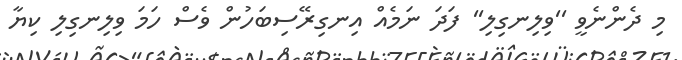
މި ދެންނެވީ ''ވިލިނގިލި'' ފަދަ ނަމެއް އިނގިރޭސިބަހުން ވެސް ހަމަ ވިލިނގިލި ކިޔާ